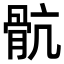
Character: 骯